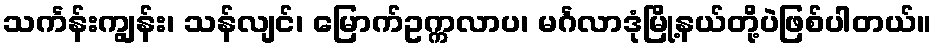
သင်္ကန်းကျွန်း၊ သန်လျင်၊ မြောက်ဥက္ကလာပ၊ မင်္ဂလာဒုံမြို့နယ်တို့ပဲဖြစ်ပါတယ်။